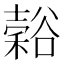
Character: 𬤵